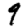
Digit: 9